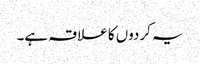
یہ کردوں کا علاقہ ہے۔